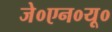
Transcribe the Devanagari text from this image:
जे०एन०यू०